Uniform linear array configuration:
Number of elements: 32
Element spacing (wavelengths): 0.5
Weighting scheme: exponential
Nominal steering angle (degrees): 15
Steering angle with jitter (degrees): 15.272
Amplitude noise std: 0.05
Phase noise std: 0.05

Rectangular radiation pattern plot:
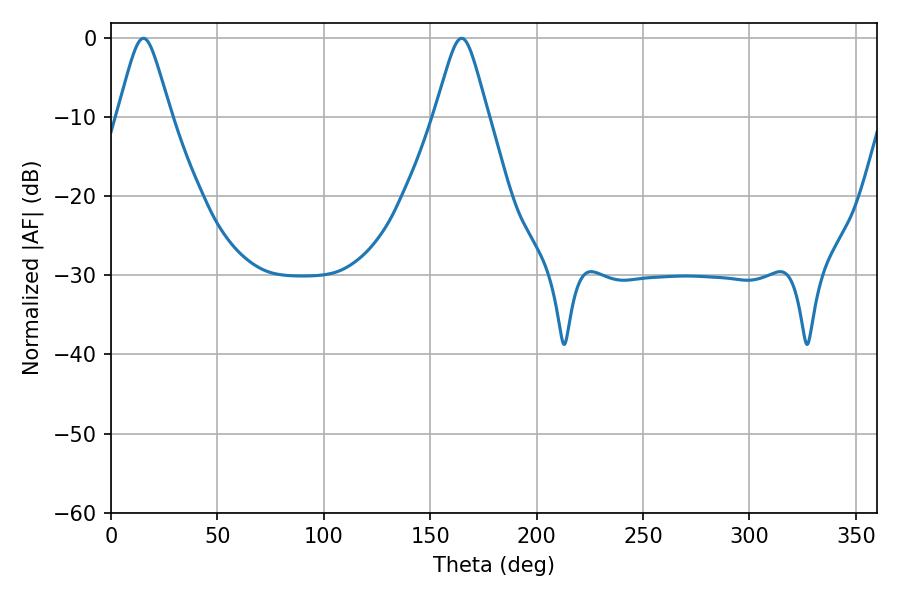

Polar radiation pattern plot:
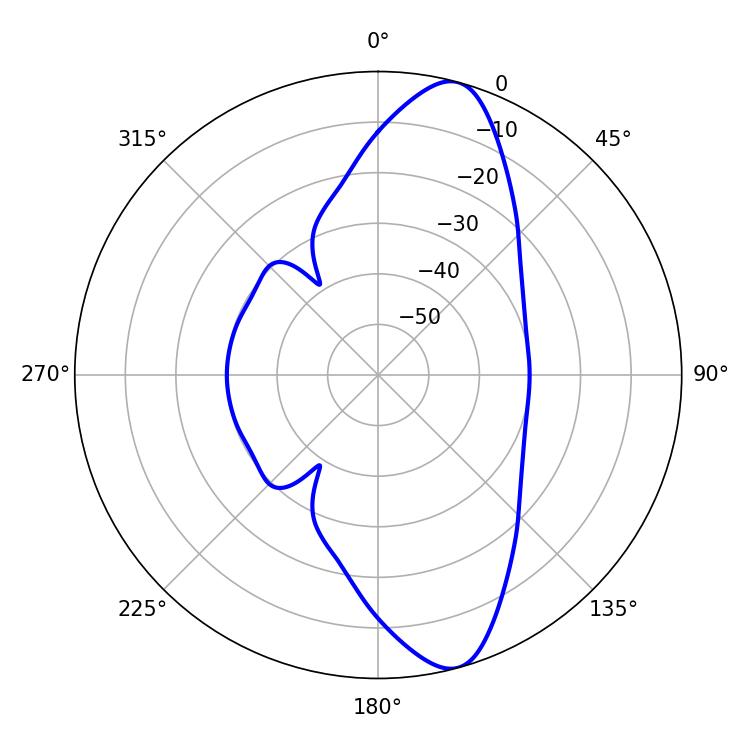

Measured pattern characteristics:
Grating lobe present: FALSE
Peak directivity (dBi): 11.694
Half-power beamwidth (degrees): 11.88
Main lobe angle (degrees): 15.3